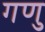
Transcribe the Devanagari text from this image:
गणु